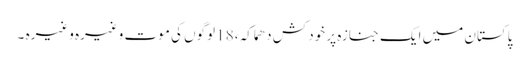
پاکستان میں ایک جنازہ پر خود کش دھماکہ ،18 لوگوں کی موت وغیرہ وغیرہ ۔